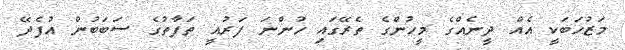
މަޒުހަބަކީ އެއް ދީނެއްގެ މީހުންގެ ތެރޭގައި ހުންނަ ފަރުއީ ތަފާތުގެ ސަބަބުން އުފެދޭ